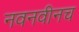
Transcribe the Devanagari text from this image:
नवनवीनच